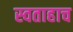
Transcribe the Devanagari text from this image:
स्वताहाच